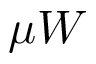
\mu W